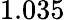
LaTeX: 1.035